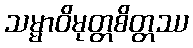
သမ္မာဝိမုတ္တစိတ္တဿ